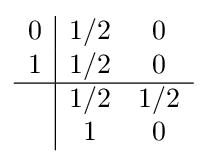
{\begin{array}{c|cc}0&1/2&0\\1&1/2&0\\\hline &1/2&1/2\\&1&0\\\end{array}}